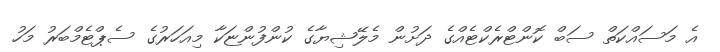
އެ މަސައްކަތް ސަބް ކޮންޓްރެކްޓެއްގެ ދަށުން މެލޭޝިޔާގެ ކުންފުންޏަކާ މިއަހަރުގެ ސެޕްޓެމްބަރު މަހު